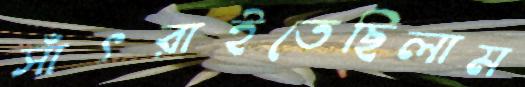
সাঁৎরাইতেছিলাম